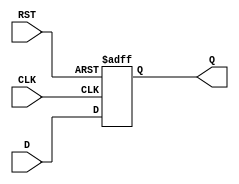
module StoreRegister (
    input wire [N-1:0] D,    // Data input
    input wire CLK,           // Clock signal
    input wire RST,           // Reset signal
    output reg [N-1:0] Q      // Data output
);
    parameter N = 8;          // Parameter for the width of the register

    // Asynchronous reset and synchronous data storage
    always @(posedge CLK or posedge RST) begin
        if (RST) begin
            Q <= {N{1'b0}};    // Reset output to 0
        end else begin
            Q <= D;            // Latch data on clock edge
        end
    end
endmodule